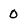
Character: 0